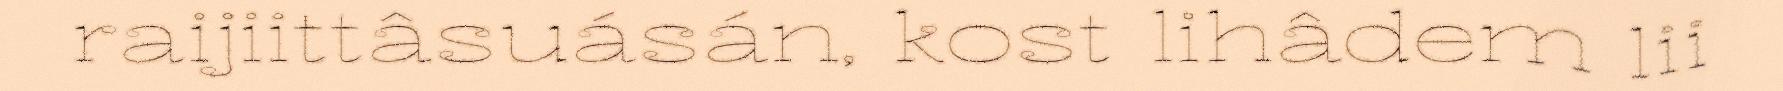
raijiittâsuásán, kost lihâdem lii